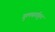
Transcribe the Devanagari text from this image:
गुलबर्गाहून